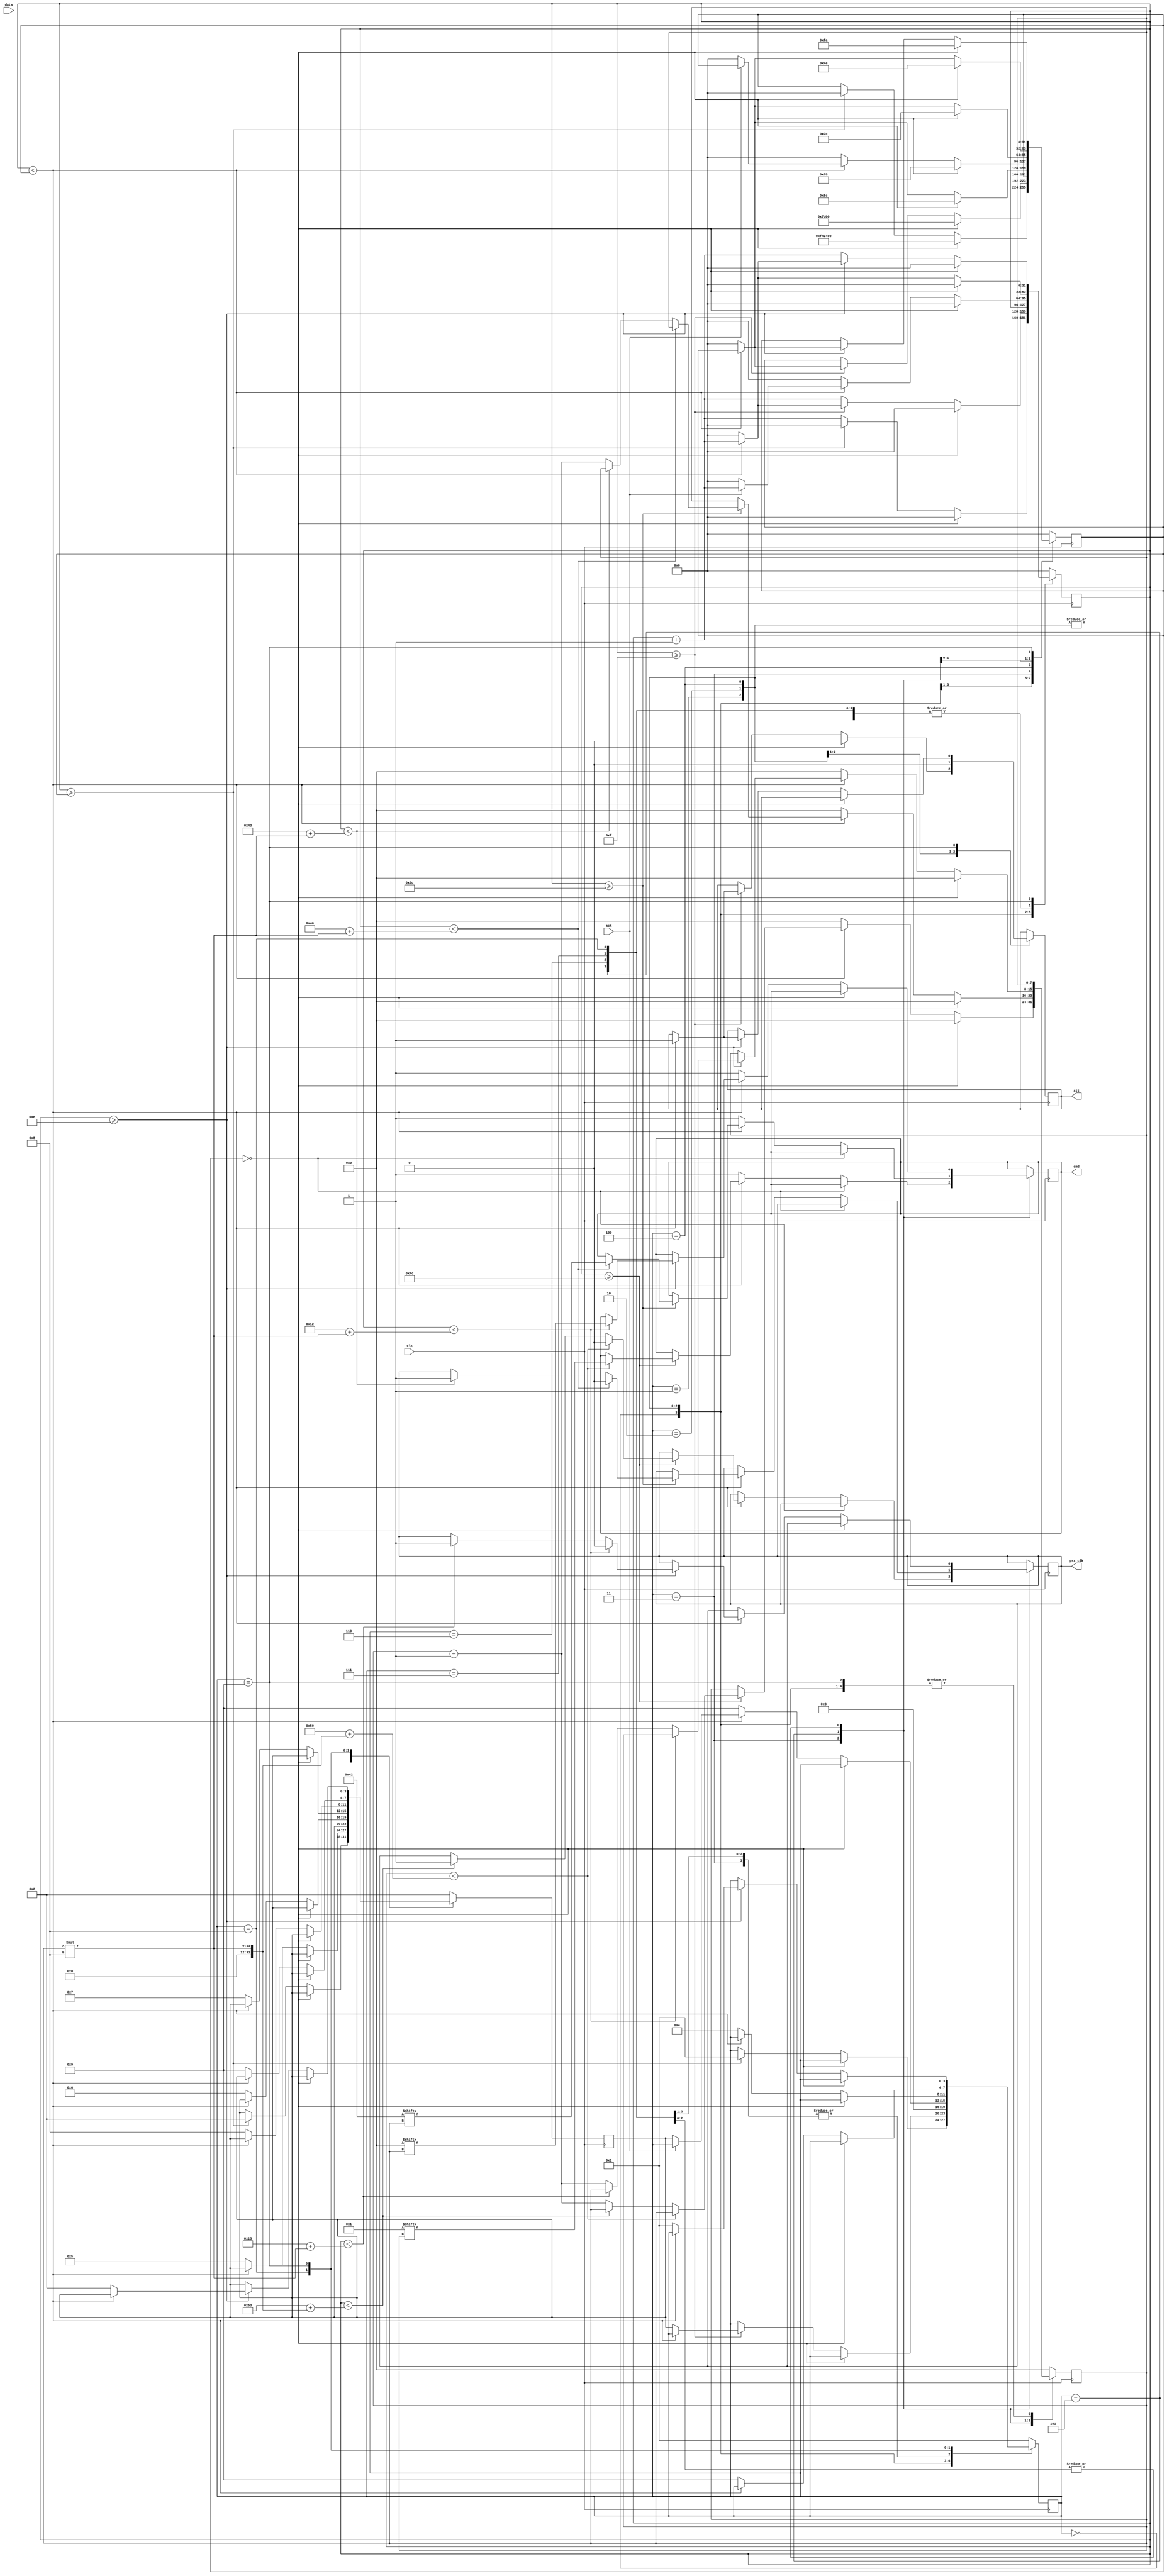
module fake_psx_two
#(
    parameter [31:0] BOOT_TIME = 16E6 // 8 seconds at 500ns per cycle
)
(
    input clk,
    input data,
    input ack,
    output reg psx_clk = 1'b1,
    output reg cmd = 1'b1,
    output reg att = 1'b1
);

    localparam [3:0] STATE_SIZE = 4'h4;
    // STATES
    localparam [STATE_SIZE-1:0] STARTUP = 4'h0;
    localparam [STATE_SIZE-1:0] ATT_PULSE = 4'h1;
    localparam [STATE_SIZE-1:0] LOWER_ATT = 4'h2;
    localparam [STATE_SIZE-1:0] SEND_START_CMD = 4'h3;
    localparam [STATE_SIZE-1:0] AWAIT_ACK = 4'h4;
    localparam [STATE_SIZE-1:0] SEND_BEGIN_TX_CMD = 4'h5;
    localparam [STATE_SIZE-1:0] READ_PREAMBLE = 4'h6;
    localparam [STATE_SIZE-1:0] READ_CONT_STATE_1 = 4'h7;
    localparam [STATE_SIZE-1:0] READ_CONT_STATE_2 = 4'h8;
    localparam [STATE_SIZE-1:0] RAISE_ATT = 4'h9;
    // END STATES
    localparam [7:0] NO_OP = 8'h00;
    localparam [7:0] START_CMD = 8'h01;
    localparam [7:0] BEGIN_TX_CMD = 8'h42;

    reg [STATE_SIZE-1'b1:0] cur_state = STARTUP;
    reg [STATE_SIZE-1'b1:0] redirect_to;
    reg [31:0] time_to_wait = 0;
    reg [31:0] waited_time = 0;
    reg [7:0] bit_cnt = 8'h00;
    reg [7:0] data_byte = 8'h00;

    always @(negedge clk) begin
        case (cur_state)
            STARTUP: begin
                if (time_to_wait == 0) begin
                    time_to_wait <= BOOT_TIME;
                    waited_time <= 0;
                end else begin
                    waited_time <= waited_time + 1;
                    if (waited_time >= time_to_wait) begin
                        cur_state <= ATT_PULSE;
                        redirect_to <= LOWER_ATT;
                        time_to_wait <= 0;
                        waited_time <= 0;
                    end
                end
            end
            ATT_PULSE: begin
                if (time_to_wait == 0) begin
                    att <= 1'b0;
                    time_to_wait <= 32E3;
                    waited_time <= 0;
                end else begin
                    waited_time <= waited_time + 1;
                    if (waited_time >= 15) begin
                        if (waited_time < time_to_wait) begin
                            att <= 1'b1;
                        end else begin
                            cur_state <= redirect_to;
                            time_to_wait <= 0;
                            waited_time <= 0;
                        end
                    end
                end
            end
            LOWER_ATT: begin
                att <= 1'b0;
                cur_state <= SEND_START_CMD;
            end
            SEND_START_CMD: begin
                tx_cmd(START_CMD, AWAIT_ACK, SEND_BEGIN_TX_CMD, 76, data_byte);
            end
            AWAIT_ACK: begin
                if (time_to_wait == 0) begin
                    time_to_wait <= 120; // 60us
                    waited_time <= 0;
                end else begin
                    waited_time <= waited_time + 1;
                    if (waited_time < time_to_wait) begin
                        if (!ack) begin
                            cur_state <= redirect_to;
                            time_to_wait <= 0;
                            waited_time <= 0;
                        end
                    end else begin // time out after 60us
                        cur_state <= RAISE_ATT;
                        time_to_wait <= 0;
                        waited_time <= 0;
                    end
                end
            end
            SEND_BEGIN_TX_CMD: begin
                tx_cmd(BEGIN_TX_CMD, AWAIT_ACK, READ_PREAMBLE, 60, data_byte);
            end
            READ_PREAMBLE: begin
                tx_cmd(NO_OP, AWAIT_ACK, READ_CONT_STATE_1, 14, data_byte);
            end
            READ_CONT_STATE_1: begin
                tx_cmd(NO_OP, AWAIT_ACK, READ_CONT_STATE_2, 14, data_byte);
            end
            READ_CONT_STATE_2: begin
                tx_cmd(NO_OP, RAISE_ATT, RAISE_ATT, 14, data_byte);
            end
            RAISE_ATT: begin
                if (time_to_wait == 0) begin
                    time_to_wait <= 250;
                    waited_time <= 0;
                end else begin
                    waited_time <= waited_time + 1;
                    if (waited_time >= 14) begin
                        if (waited_time < time_to_wait) begin
                            att <= 1'b1;
                        end else begin
                            time_to_wait <= 0;
                            waited_time <= 0;
                            cur_state <= ATT_PULSE;
                            redirect_to <= LOWER_ATT;
                        end
                    end
                end
            end
            default: begin
                time_to_wait <= 0;
                waited_time <= 0;
                bit_cnt <= 8'h00;
                data_byte <= 8'h00;
                cur_state <= ATT_PULSE;
                redirect_to <= LOWER_ATT;
            end
        endcase
    end

    // 8 bits take 64 cycles to tx
    task tx_cmd;
        input [7:0] in_cmd;
        input [3:0] in_cur_state;
        input [3:0] in_redirect_to;
        input [31:0] initial_delay;
        output reg [7:0] out_data;
        if (time_to_wait == 0) begin
            bit_cnt <= 8'h00;
            time_to_wait <= initial_delay + 64; // 8 bits take 64 cycles to tx
            waited_time <= 0;
        end else begin
            if(waited_time < time_to_wait) begin
                waited_time <= waited_time + 1;
                if (waited_time >= initial_delay) begin
                    if (waited_time < (initial_delay + 4 + ((bit_cnt)*8))) begin // 38us + bit_cnt*4us
                        psx_clk <= 1'b0;
                        cmd <= in_cmd[bit_cnt];
                    end else if (waited_time < (initial_delay + 7 + ((bit_cnt)*8))) begin
                        if (psx_clk == 1'b0) begin
                            out_data[bit_cnt] <= data;
                        end

                        psx_clk <= 1'b1;
                    end else begin
                        bit_cnt <= bit_cnt + 1'b1;
                    end
                end
            end else begin
                cmd <= 1'b1;
                cur_state <= in_cur_state;
                redirect_to <= in_redirect_to;
                time_to_wait <= 0;
                waited_time <= 0;
                bit_cnt <= 8'h00;
            end
        end
    endtask
endmodule